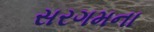
સરગમના